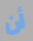
أن